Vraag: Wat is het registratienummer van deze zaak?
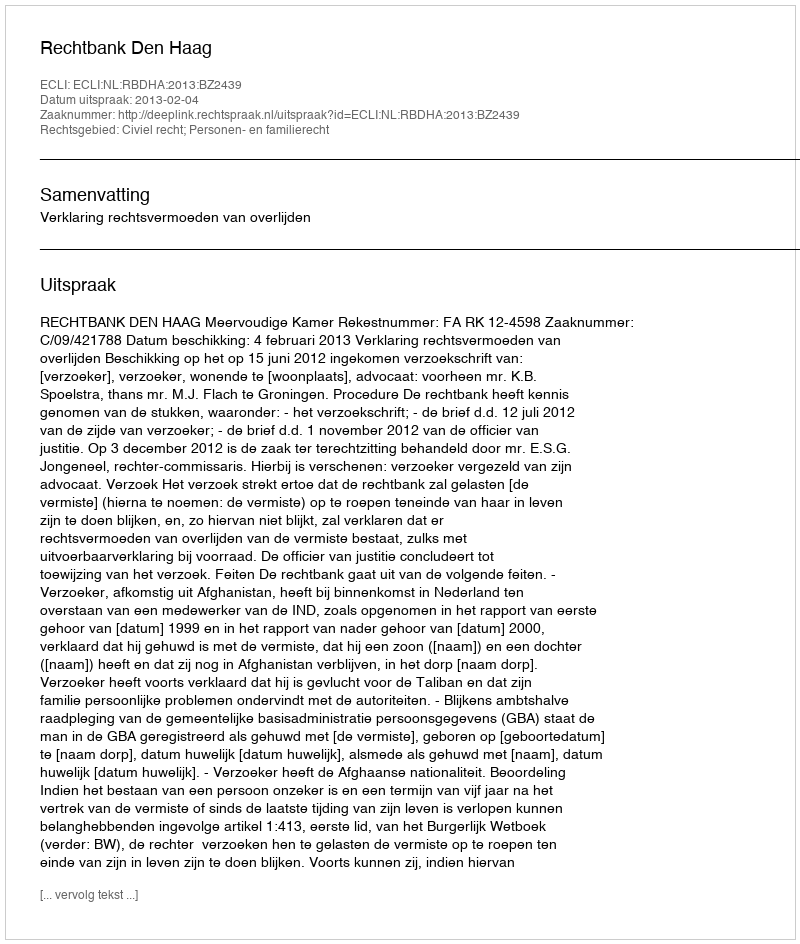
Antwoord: http://deeplink.rechtspraak.nl/uitspraak?id=ECLI:NL:RBDHA:2013:BZ2439